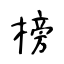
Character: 榜